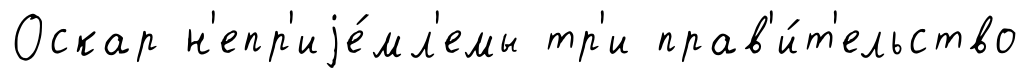
Оскар н'епр'иjе́мл'емы тр'и прав'и́т'ельство